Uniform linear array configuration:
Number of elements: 32
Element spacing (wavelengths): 1
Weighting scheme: blackman
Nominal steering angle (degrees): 45
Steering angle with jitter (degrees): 43.258
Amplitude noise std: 0.05
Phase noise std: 0.05

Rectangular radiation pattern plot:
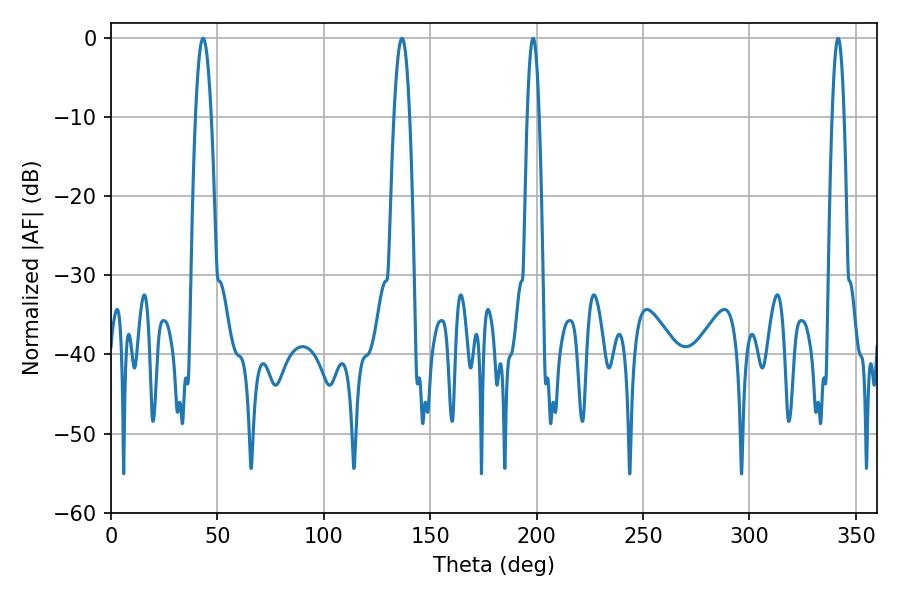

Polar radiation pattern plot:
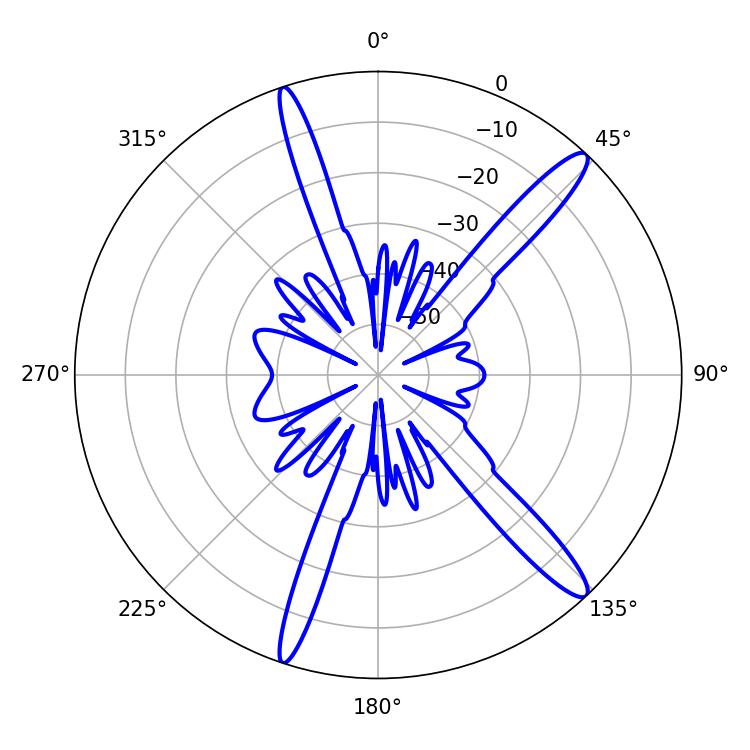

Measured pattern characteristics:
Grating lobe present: TRUE
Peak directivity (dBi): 14.662
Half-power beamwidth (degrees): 3.06
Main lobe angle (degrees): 198.36